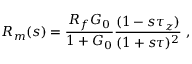
R _ { m } ( s ) = \frac { R _ { f } G _ { 0 } } { 1 + G _ { 0 } } \frac { ( 1 - s \tau _ { z } ) } { ( 1 + s \tau ) ^ { 2 } } ~ ,